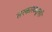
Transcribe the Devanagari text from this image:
सरकारकडूनही